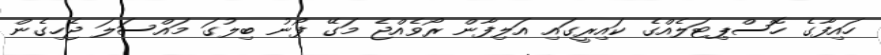
ހައިފާގެ ހޮސްޕިޓަލެއްގެ ކައިރީގައި އަލިފާން ރޯވެއްޖެ މަގޭ ފޯނު ބިލުގަ މައްސަލަ ޖެހިގެން